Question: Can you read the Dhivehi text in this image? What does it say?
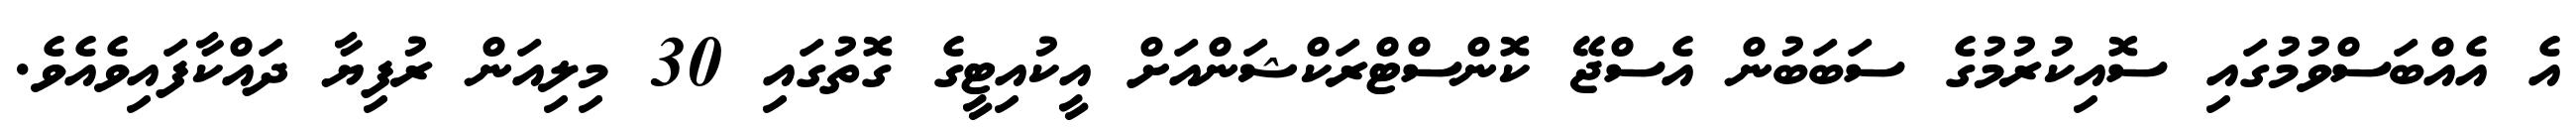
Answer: އެ އެއްބަސްވުމުގައި ސޮއިކުރުމުގެ ސަބަބުން އެސްޖޭ ކޮންސްޓްރަކްޝަންއަށް އީކުއިޓީގެ ގޮތުގައި 30 މިލިއަން ރުފިޔާ ދައްކާފައިވެއެވެ.